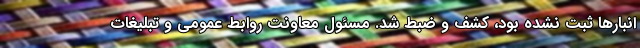
انبارها ثبت نشده بود، کشف و ضبط شد. مسئول معاونت روابط عمومی و تبلیغات